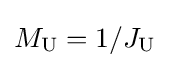
M_{\text{U}}=1/J_{\text{U}}